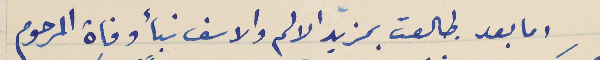
اما بعد طالعت بمزيد الالم والاسف نبأ وفاة المرحوم